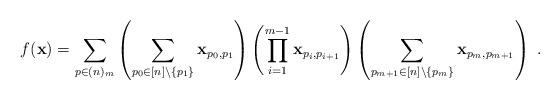
LaTeX: \begin{align*} f(\mathbf{x})=\sum_{p\in (n)_m}\left(\sum_{p_0\in [n]\setminus\{p_1\}}\mathbf{x}_{p_0,p_1}\right)\left(\prod_{i=1}^{m-1}\mathbf{x}_{p_i,p_{i+1}}\right)\left(\sum_{p_{m+1}\in [n]\setminus \{p_m\}}\mathbf{x}_{p_m,p_{m+1}}\right)\;. \end{align*}